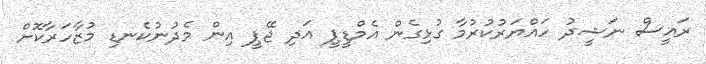
ރައީސް ނަޝީދު ހައްޔަރުކުރުމާ ގުޅިގެން އެމްޑީޕީ އަދި ޖޭޕީ އިން މެދުނުކެނޑި މުޒާހަރާކޮށް